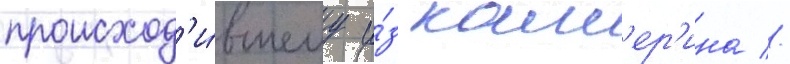
происход'и́вшему и́з кам'ер'ина //